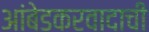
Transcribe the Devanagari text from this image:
आंबेडकरवादाची